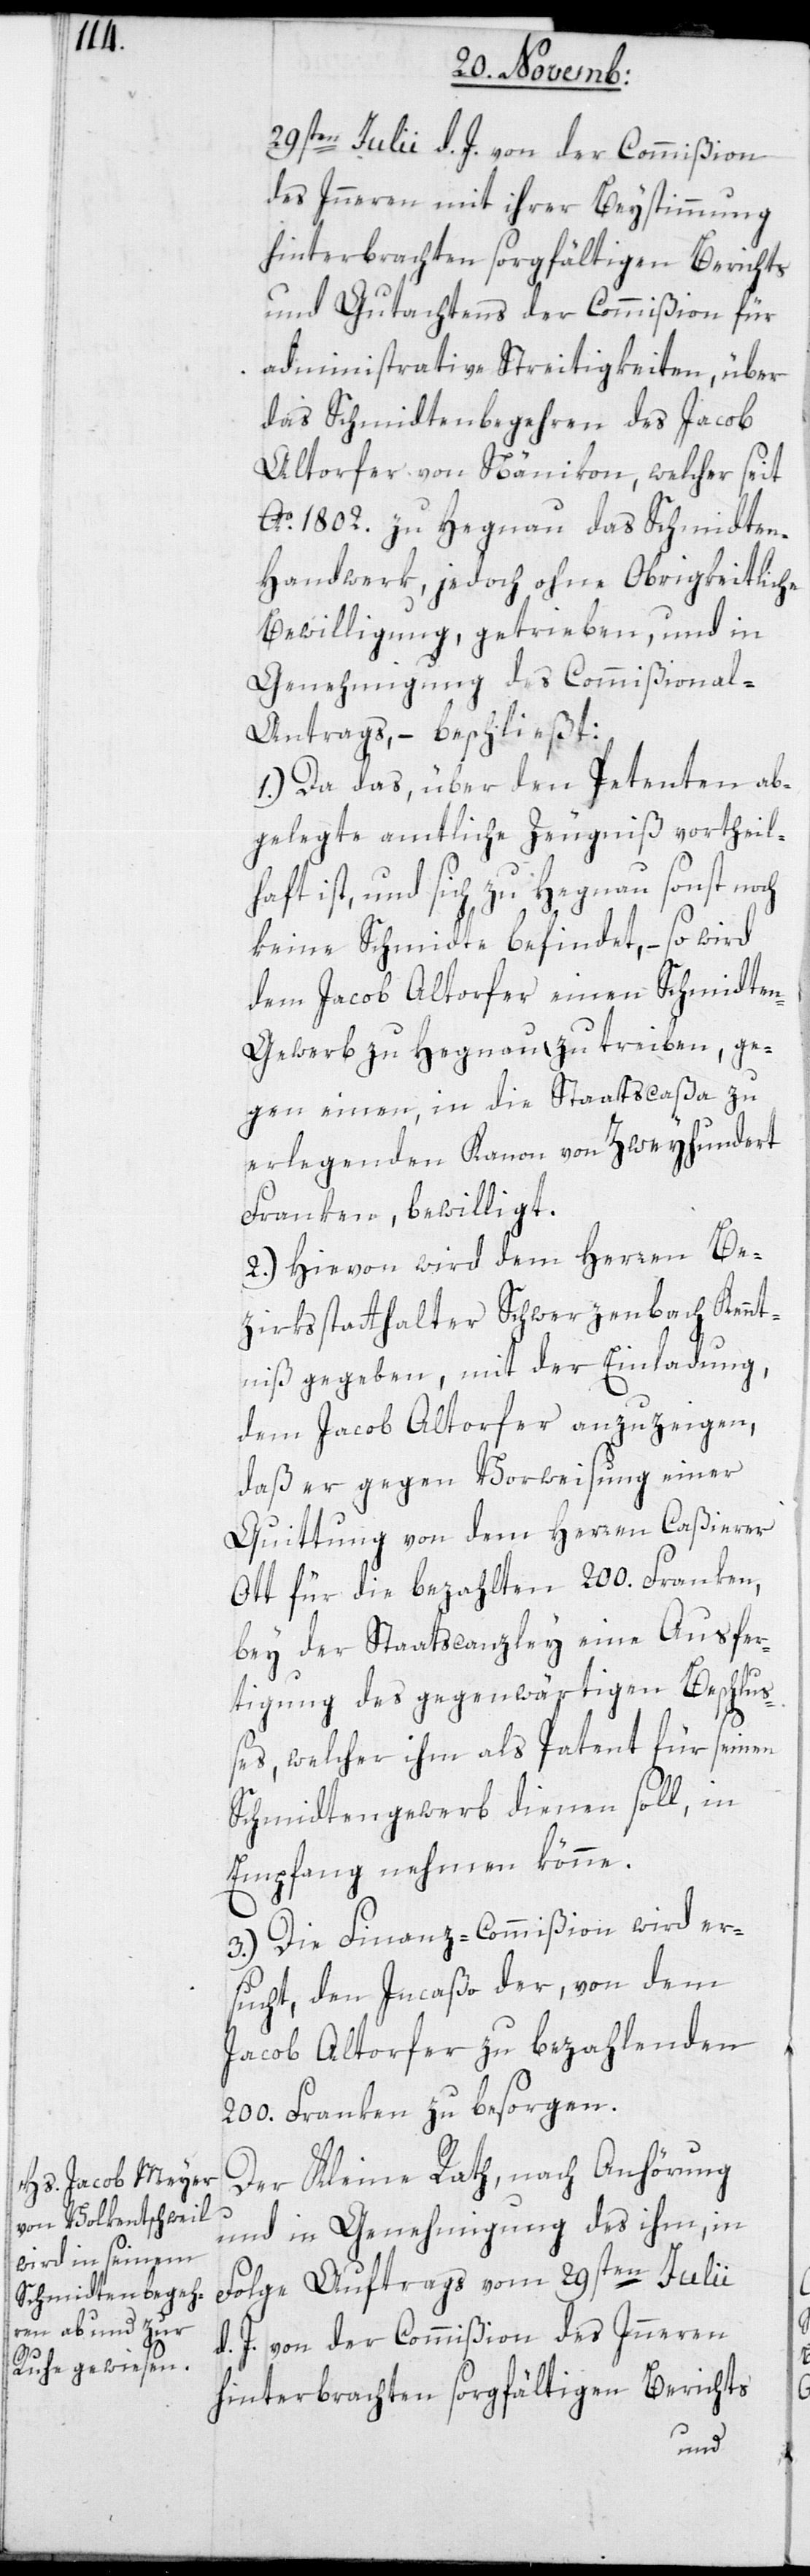
29sten Julii d. J. von der Commißion
des Inneren mit ihrer Beystimmung
hinterbrachten sorgfältigen Berichts
und Gutachtens der Commißion für
administrative Streitigkeiten, über
das Schmidtenbegehren des Jacob
Altorfer von Nänikon, welcher seit
Ao. 1802. zu Hegnau das Schmidten¬
handwerk, jedoch ohne Obrigkeitliche
Bewilligung getrieben, und in
Genehmigung des Commißional-A¬
ntrags, – beschließt:
1.) Da das über den Petenten ab¬
gelegte amtliche Zeugniß vortheil¬
haft ist, und sich zu Hegnau sonst noch
keine Schmidte befindet, – so wird
dem Jacob Altorfer einen Schmidte¬
n-Gewerb zu Hegnau zu treiben, ge¬
gen einen, in die Staatscaßa zu
erlegenden Kanon von Zweyhundert
Franken bewilligt.
2.) Hievon wird dem Herren Be¬
zirksstatthalter Schwerzenbach Kennt¬
niß gegeben, mit der Einladung,
dem Jacob Altorfer anzuzeigen,
daß er gegen Vorweisung einer
Quittung von dem Herren Caßierer
Ott für die bezahlten 200. Franken,
bey der Staatscanzley eine Ausfer¬
tigung des gegenwärtigen Beschlu¬
ßes, welcher ihm als Patent für seinen
Schmidtengewerb dienen soll, in
Empfang nehmen könne.
3.) Die Finanz-Commißion wird er¬
sucht, den Incaßo der von dem
Jacob Altorfer zu bezahlenden
200. Franken zu besorgen.
Der Kleine Rath, nach Anhörung
und in Genehmigung des ihm, in
Folge Auftrags vom 29sten Julii
d. J. von der Commißion des Inneren
hinterbrachten sorgfältigen Berichts